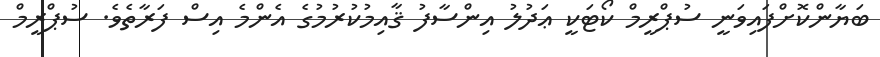
ބަޔާންކޮށްފައިވަނީ ސުޕްރީމް ކޯޓަކީ ޢަދުލު އިންސާފު ޤާއިމުކުރުމުގެ އެންމެ އިސް ފަރާތެވެ. ސުޕްރީމް